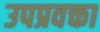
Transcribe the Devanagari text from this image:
उपप्रवक्ता